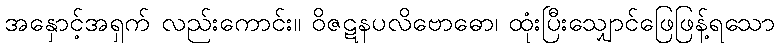
အနှောင့်အရှက် လည်းကောင်း။ ဝိဇဋနပလိဗောဓော၊ ထုံးပြီးသျှောင်ဖြေဖြန့်ရသော